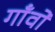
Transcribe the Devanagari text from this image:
गॉंवों